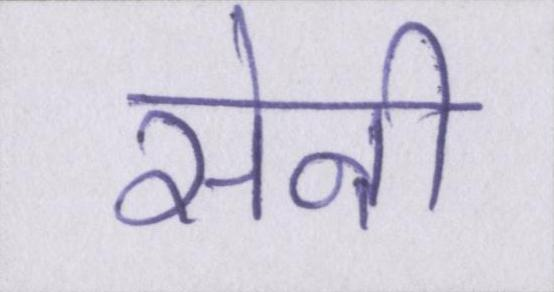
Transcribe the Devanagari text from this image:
सेनी